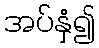
အပ်နှံ၍